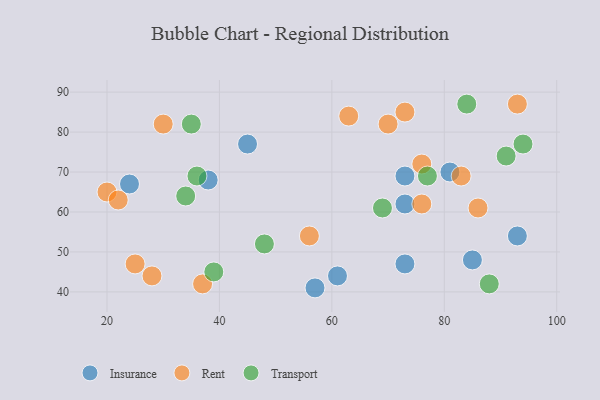
{"axis": {"x": "GDP", "y": "Life Expectancy"}, "legend": ["Insurance", "Rent", "Transport"], "data": [{"x": "38", "y": 68, "type": "Insurance"}, {"x": "61", "y": 44, "type": "Insurance"}, {"x": "93", "y": 54, "type": "Insurance"}, {"x": "85", "y": 48, "type": "Insurance"}, {"x": "73", "y": 69, "type": "Insurance"}, {"x": "45", "y": 77, "type": "Insurance"}, {"x": "24", "y": 67, "type": "Insurance"}, {"x": "81", "y": 70, "type": "Insurance"}, {"x": "73", "y": 47, "type": "Insurance"}, {"x": "73", "y": 62, "type": "Insurance"}, {"x": "57", "y": 41, "type": "Insurance"}, {"x": "25", "y": 47, "type": "Rent"}, {"x": "28", "y": 44, "type": "Rent"}, {"x": "20", "y": 65, "type": "Rent"}, {"x": "70", "y": 82, "type": "Rent"}, {"x": "76", "y": 72, "type": "Rent"}, {"x": "22", "y": 63, "type": "Rent"}, {"x": "30", "y": 82, "type": "Rent"}, {"x": "86", "y": 61, "type": "Rent"}, {"x": "83", "y": 69, "type": "Rent"}, {"x": "76", "y": 62, "type": "Rent"}, {"x": "63", "y": 84, "type": "Rent"}, {"x": "37", "y": 42, "type": "Rent"}, {"x": "56", "y": 54, "type": "Rent"}, {"x": "93", "y": 87, "type": "Rent"}, {"x": "73", "y": 85, "type": "Rent"}, {"x": "91", "y": 74, "type": "Transport"}, {"x": "88", "y": 42, "type": "Transport"}, {"x": "35", "y": 82, "type": "Transport"}, {"x": "77", "y": 69, "type": "Transport"}, {"x": "48", "y": 52, "type": "Transport"}, {"x": "94", "y": 77, "type": "Transport"}, {"x": "34", "y": 64, "type": "Transport"}, {"x": "39", "y": 45, "type": "Transport"}, {"x": "36", "y": 69, "type": "Transport"}, {"x": "84", "y": 87, "type": "Transport"}, {"x": "69", "y": 61, "type": "Transport"}]}